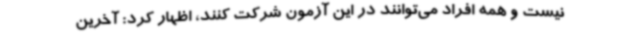
نیست و همه افراد می‌توانند در این آزمون شرکت کنند، اظهار کرد: آخرین